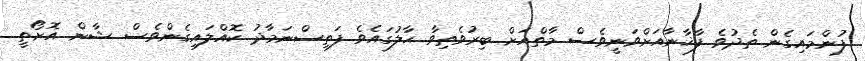
ފުންމައިގެން ތެދުވެ ފާޚާނާއަށްވަނީވެސް މާތްއަށް ބިރުވެތިވާ ޙާލުގައެވެ ފަތިސްނަމާދު ކޮއްލައިގެންވެސް ޝާން އޮށޯތީ